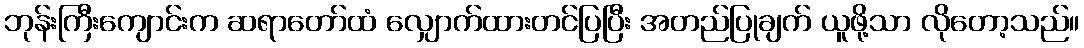
ဘုန်းကြီးကျောင်းက ဆရာတော်ထံ လျှောက်ထားတင်ပြပြီး အတည်ပြုချက် ယူဖို့သာ လိုတော့သည်။